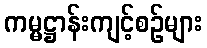
ကမ္မဋ္ဌာန်းကျင့်စဉ်များ